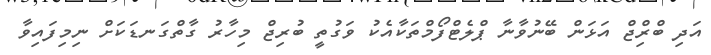
އަދި ބްރިްޖް އަޅަން ބޭނުވާނާ ޕްލެޓްފޯމްތަކާއެކު ވަގުތީ ބުރިޖް މިހާރު ގާތްގަނޑަކަށް ނިމިފައިވާ